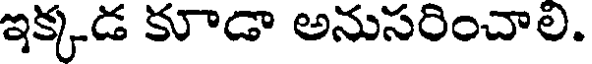
ఇక్కడ కూడా అనుసరించాలి.